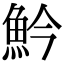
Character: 䰼